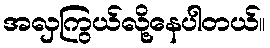
အလှကြွယ်လို့နေပါတယ်။